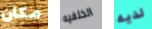
مكان الخلفيه لديه